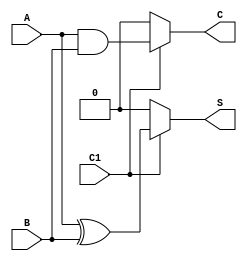
module Conditional_Half_Adder (
    input wire A,        // First input bit
    input wire B,        // Second input bit
    input wire C1,       // Control signal
    output wire S,       // Sum output
    output wire C        // Carry output
);

    // Internal signals for sum and carry
    wire sum_temp;
    wire carry_temp;

    // Basic half-adder logic
    assign sum_temp = A ^ B;    // Sum: A XOR B
    assign carry_temp = A & B;   // Carry: A AND B

    // Conditional outputs based on control signal C1
    assign S = (C1) ? sum_temp : 1'b0; // If C1 is high, output sum_temp; otherwise, output 0
    assign C = (C1) ? carry_temp : 1'b0; // If C1 is high, output carry_temp; otherwise, output 0

endmodule